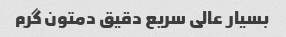
بسیار عالی سریع دقیق دمتون گرم